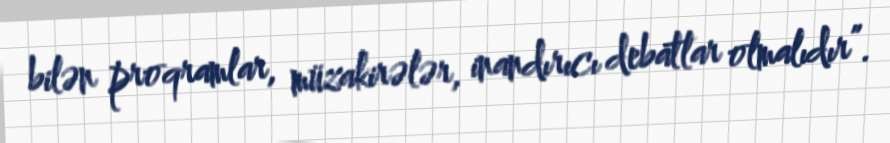
bilən proqramlar, müzakirələr, inandırıcı debatlar olmalıdır”.